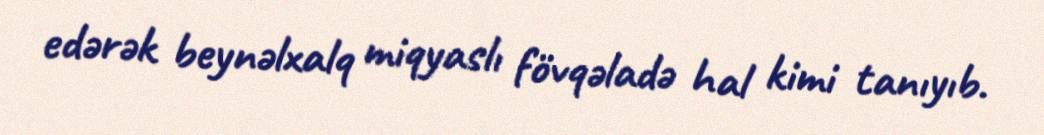
edərək beynəlxalq miqyaslı fövqəladə hal kimi tanıyıb.